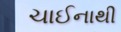
ચાઈનાથી